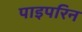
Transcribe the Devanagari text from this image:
पाइपरिन